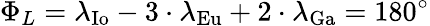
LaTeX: \Phi_{L}=\lambda_{\mathrm{{Io}}}-3\cdot\lambda_{\mathrm{{Eu}}}+2\cdot\lambda_{\mathrm{{Ga}}}=180^{\circ}